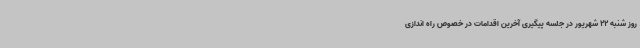
روز شنبه 22 شهریور در جلسه پیگیری آخرین اقدامات در خصوص راه اندازی